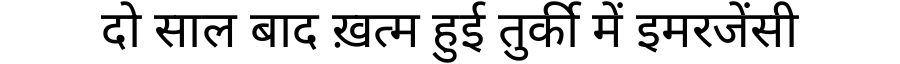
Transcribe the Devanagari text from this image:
दो साल बाद ख़त्म हुई तुर्की में इमरजेंसी